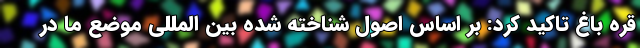
قره باغ تاکید کرد: بر اساس اصول شناخته شده بین المللی موضع ما در